Document type: Sale
Year: 1354
Scribe: Bernat de Torre
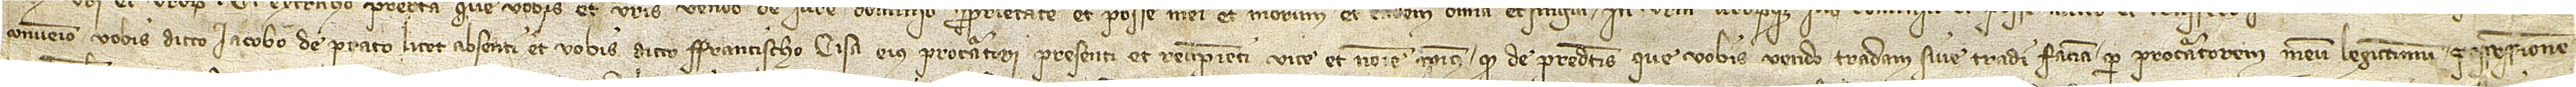
convenio vobis dicto Iacobo de Prato, licet absenti, et vobis dicto Francischo Cisa, eius procuratori, presenti et recipienti vice et nomine ipsius, quod de predictis que vobis vendo tradam sive tradi faciam per procuratorem meum legittimum possessionem